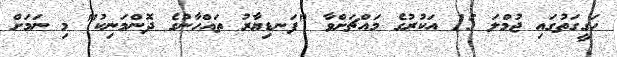
ހަގީގަތުގައި ޖުމްލަ 15 އަކުރުގެ މައްޗަށްވާ "ފަނޑިޔާރު ތައްހާނުގެ ދޮންމަނިކު" މި ނަމަށް